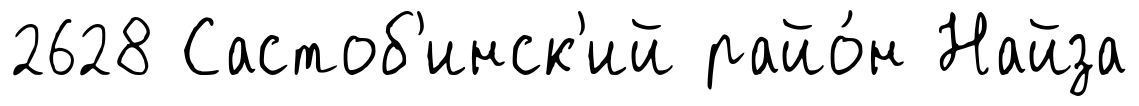
2628 Састоб'инск'ий райо́н Найза